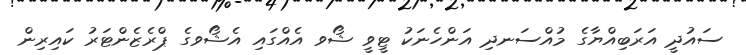
ސައުދީ އަރަބިއްޔާގެ މުއްސަނދި އަންހެނަކު ޓީވީ ޝޯވ އެއްގައި އެޝޯވގެ ޕްރެޒެންޓަރު ކައިރިން